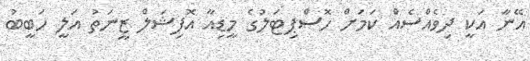
އޭނާ އަކީ ދިވެއްސެއް ކަމަށް ހޮސްޕިޓަލުގެ މީޑިއާ އޮފިޝަލް ޒީނަތު އަލީ ހަބީބު